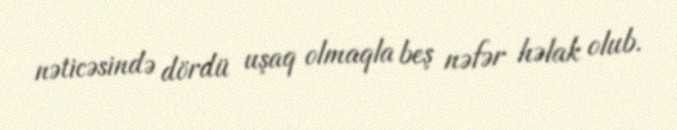
nəticəsində dördü uşaq olmaqla beş nəfər həlak olub.